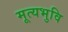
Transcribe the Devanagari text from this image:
मूत्यभुवि